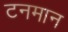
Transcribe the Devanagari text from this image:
टनमान